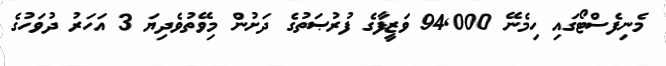
މެނިފެސްޓޯގައި ހިމެނޭ 94